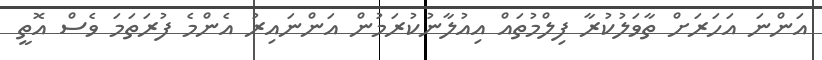
އަންނަ އަހަރަށް ތާވަލުކުރާ ފިލްމުތައް އިއުލާނުކުރަމުން އަންނައިރު އެންމެ ފުރަތަމަ ވެސް އޮތީ